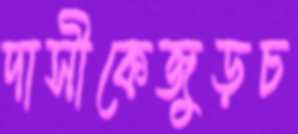
দাসীকেজুড়চ